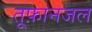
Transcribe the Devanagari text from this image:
तूफ़ानजल